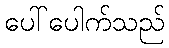
ပေါ်ပေါက်သည်